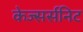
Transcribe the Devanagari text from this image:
केज्सर्सनिट